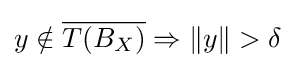
y\notin {\overline {T(B_{X})}}\Rightarrow \|y\|>\delta